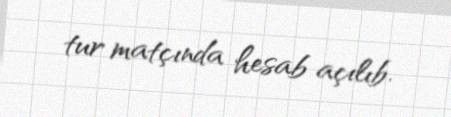
tur matçında hesab açılıb.